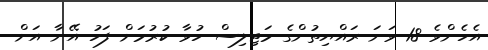
އެހެންވެ 18 ވަނަ ރައްޔިތުންގެ މަޖިލިސް ހުވާ ކުރުމަށް ފަހު އޭނާ އަށް